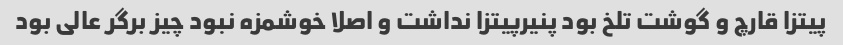
پیتزا قارچ و گوشت تلخ بود پنیرپیتزا نداشت و اصلا خوشمزه نبود چیز برگر عالی بود